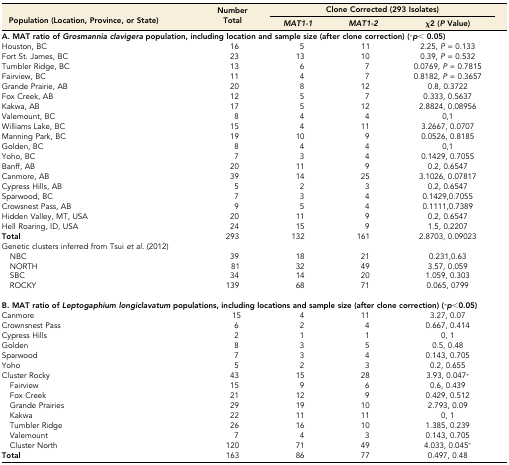
<table><thead><tr><td rowspan="2"><b>Population (Location, Province, or State)</b></td><td rowspan="2"><b>Number Total</b></td><td colspan="3"><b>Clone Corrected (293 Isolates)</b></td></tr><tr><td><b><i>MAT1-1</i></b></td><td><b><i>MAT1-2</i></b></td><td><b>χ2 (<i>P</i> Value)</b></td></tr></thead><tbody><tr><td colspan="5"><b>A. MAT ratio of <i>Grosmannia clavigera</i> population, including location and sample size (after clone correction) (*<i>p</i>&lt; 0.05)</b></td></tr><tr><td>Houston, BC</td><td>16</td><td>5</td><td>11</td><td>2.25, <i>P</i> = 0.133</td></tr><tr><td>Fort St. James, BC</td><td>23</td><td>13</td><td>10</td><td>0.39, <i>P</i> = 0.532</td></tr><tr><td>Tumbler Ridge, BC</td><td>13</td><td>6</td><td>7</td><td>0.0769, <i>P</i> = 0.7815</td></tr><tr><td>Fairview, BC</td><td>11</td><td>4</td><td>7</td><td>0.8182, <i>P</i> = 0.3657</td></tr><tr><td>Grande Prairie, AB</td><td>20</td><td>8</td><td>12</td><td>0.8, 0.3722</td></tr><tr><td>Fox Creek, AB</td><td>12</td><td>5</td><td>7</td><td>0.333, 0.5637</td></tr><tr><td>Kakwa, AB</td><td>17</td><td>5</td><td>12</td><td>2.8824, 0.08956</td></tr><tr><td>Valemount, BC</td><td>8</td><td>4</td><td>4</td><td>0,1</td></tr><tr><td>Williams Lake, BC</td><td>15</td><td>4</td><td>11</td><td>3.2667, 0.0707</td></tr><tr><td>Manning Park, BC</td><td>19</td><td>10</td><td>9</td><td>0.0526, 0.8185</td></tr><tr><td>Golden, BC</td><td>8</td><td>4</td><td>4</td><td>0,1</td></tr><tr><td>Yoho, BC</td><td>7</td><td>3</td><td>4</td><td>0.1429, 0.7055</td></tr><tr><td>Banff, AB</td><td>20</td><td>11</td><td>9</td><td>0.2, 0.6547</td></tr><tr><td>Canmore, AB</td><td>39</td><td>14</td><td>25</td><td>3.1026, 0.07817</td></tr><tr><td>Cypress Hills, AB</td><td>5</td><td>2</td><td>3</td><td>0.2, 0.6547</td></tr><tr><td>Sparwood, BC</td><td>7</td><td>3</td><td>4</td><td>0.1429,0.7055</td></tr><tr><td>Crowsnest Pass, AB</td><td>9</td><td>5</td><td>4</td><td>0.1111,0.7389</td></tr><tr><td>Hidden Valley, MT, USA</td><td>20</td><td>11</td><td>9</td><td>0.2, 0.6547</td></tr><tr><td>Hell Roaring, ID, USA</td><td>24</td><td>15</td><td>9</td><td>1.5, 0.2207</td></tr><tr><td><b>Total</b></td><td>293</td><td>132</td><td>161</td><td>2.8703, 0.09023</td></tr><tr><td>Genetic clusters inferred from Tsui <i>et al.</i> (2012)</td><td></td><td></td><td></td><td></td></tr><tr><td> NBC</td><td>39</td><td>18</td><td>21</td><td>0.231,0.63</td></tr><tr><td> NORTH</td><td>81</td><td>32</td><td>49</td><td>3.57, 0.059</td></tr><tr><td> SBC</td><td>34</td><td>14</td><td>20</td><td>1.059, 0.303</td></tr><tr><td> ROCKY</td><td>139</td><td>68</td><td>71</td><td>0.065, 0799</td></tr><tr><td colspan="5"><b>B. MAT ratio of <i>Leptogaphium longiclavatum</i> populations, including locations and sample size (after clone correction) (*<i>p</i>&lt;0.05)</b></td></tr><tr><td>Canmore</td><td>15</td><td>4</td><td>11</td><td>3.27, 0.07</td></tr><tr><td>Crownsnest Pass</td><td>6</td><td>2</td><td>4</td><td>0.667, 0.414</td></tr><tr><td>Cypress Hills</td><td>2</td><td>1</td><td>1</td><td>0, 1</td></tr><tr><td>Golden</td><td>8</td><td>3</td><td>5</td><td>0.5, 0.48</td></tr><tr><td>Sparwood</td><td>7</td><td>3</td><td>4</td><td>0.143, 0.705</td></tr><tr><td>Yoho</td><td>5</td><td>2</td><td>3</td><td>0.2, 0.655</td></tr><tr><td>Cluster Rocky</td><td>43</td><td>15</td><td>28</td><td>3.93, 0.047*</td></tr><tr><td> Fairview</td><td>15</td><td>9</td><td>6</td><td>0.6, 0.439</td></tr><tr><td> Fox Creek</td><td>21</td><td>12</td><td>9</td><td>0.429, 0.512</td></tr><tr><td> Grande Prairies</td><td>29</td><td>19</td><td>10</td><td>2.793, 0.09</td></tr><tr><td> Kakwa</td><td>22</td><td>11</td><td>11</td><td>0, 1</td></tr><tr><td> Tumbler Ridge</td><td>26</td><td>16</td><td>10</td><td>1.385, 0.239</td></tr><tr><td> Valemount</td><td>7</td><td>4</td><td>3</td><td>0.143, 0.705</td></tr><tr><td> Cluster North</td><td>120</td><td>71</td><td>49</td><td>4.033, 0.045*</td></tr><tr><td><b>Total</b></td><td>163</td><td>86</td><td>77</td><td>0.497, 0.48</td></tr></tbody></table>